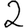
Digit: 2